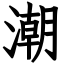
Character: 潮